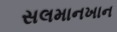
સલમાનખાન